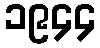
၁၉၄၄